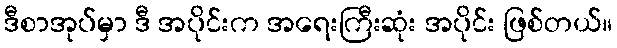
ဒီစာအုပ်မှာ ဒီ အပိုင်းက အရေးကြီးဆုံး အပိုင်း ဖြစ်တယ်။